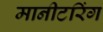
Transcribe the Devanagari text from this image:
मानीटरिंग